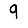
Digit: 9